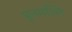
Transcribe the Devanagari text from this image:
पूनमल्लि